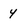
Character: y